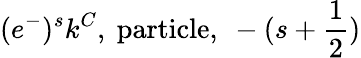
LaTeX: (e^{-})^{s}k^{C}\mathrm{,~particle,~}-(s+\frac{1}{2})